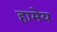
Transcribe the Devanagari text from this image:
हामेय